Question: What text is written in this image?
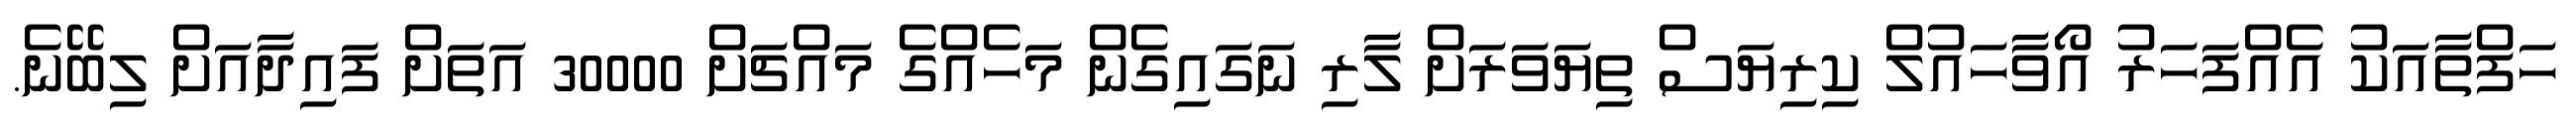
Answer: ހަފްތާއަކު އެއްފަހަރު އޯވާހައުލް ކިރިޔަސް ތިޔަވަރަށް ލާރި ނަގައިގެން މަހެއްގެ މައްޗަށް 30000 އަތަށް ފައިދާއަށް ލިބޭނެ.